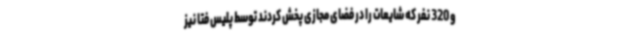
و 320 نفر که شایعات را در فضای مجازی پخش کردند توسط پلیس فتا نیز